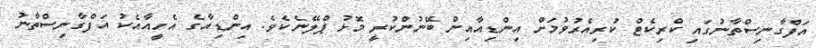
އަފްގާނިސްތާނުގައި ކްރިކެޓް ކުރިއެރުވުމަށް އިންޑިއާއިން ބޭނުންކުރީ މޮޅު ޕްލޭނެކެވެ. އިންޑިއާގެ އެހީއާއެކު އަފްގާނިސްތާނު